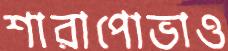
শারাপোভাও